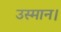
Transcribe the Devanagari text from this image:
उस्मान।